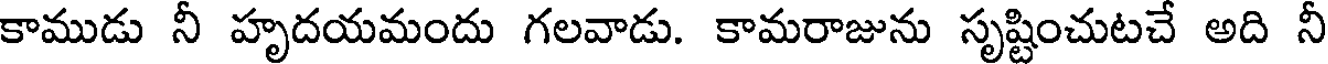
కాముడు నీ హృదయమందు గలవాడు. కామరాజును సృష్టించుటచే అది నీ